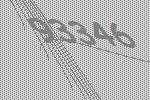
93346